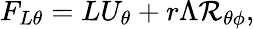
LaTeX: F_{L\theta}=LU_{\theta}+r\Lambda{\cal{R}}_{\theta\phi},